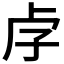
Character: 𡥋